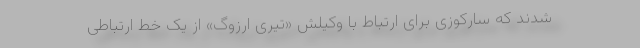
شدند که سارکوزی برای ارتباط با وکیلش «تیری ارزوگ» از یک خط ارتباطی